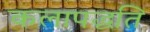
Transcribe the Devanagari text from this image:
कलापद्धति